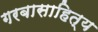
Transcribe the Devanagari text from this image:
गरबासाहित्य